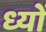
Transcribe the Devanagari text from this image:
ध्यों